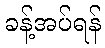
ခန့်အပ်ရန်